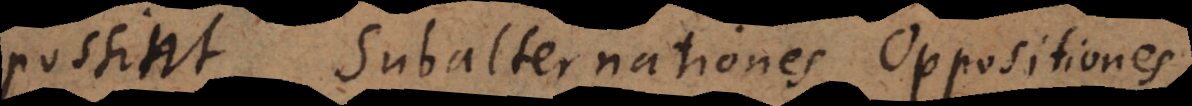
possint Subalternationes, Oppositiones,